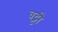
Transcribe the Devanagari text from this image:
वट्टी